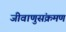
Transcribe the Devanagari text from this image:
जीवाणुसंक्रमण